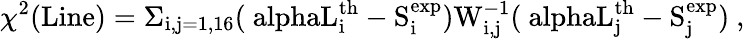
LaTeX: \chi^{2}(\mathrm{Line)=\Sigma_{i,j=1,16}(\ alphaL_{i}^{\mathrm{th}}-S_{i}^{\mathrm{exp}})W_{i,j}^{-1}(\ alphaL_{j}^{\mathrm{th}}-S_{j}^{\mathrm{exp}})~,}